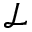
\mathcal { L }